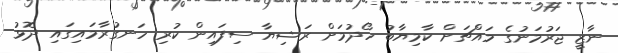
ނާޒީ ޖަރުމަނުގެ މައްޗަށް ކާމިޔާބު ހޯދުމަށް ރަޝިޔާ ސިފައިން ކުރި ހަނގުރާމައިގައި ދޮޅު